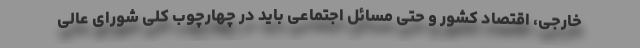
خارجی، اقتصاد کشور و حتی مسائل اجتماعی باید در چهارچوب کلی شورای عالی